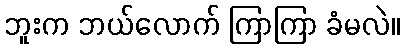
ဘူးက ဘယ်လောက် ကြာကြာ ခံမလဲ။